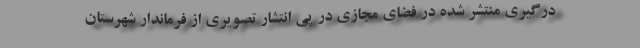
درگیری منتشر شده در فضای مجازی در پی انتشار تصویری از فرماندار شهرستان